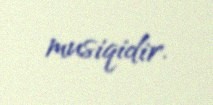
musiqidir.